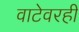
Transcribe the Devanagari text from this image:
वाटेवरही